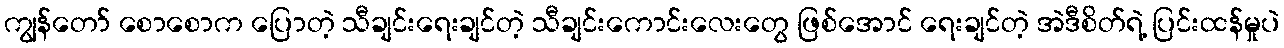
ကျွန်တော် စောစောက ပြောတဲ့ သီချင်းရေးချင်တဲ့ သီချင်းကောင်းလေးတွေ ဖြစ်အောင် ရေးချင်တဲ့ အဲဒီစိတ်ရဲ့ ပြင်းထန်မှုပဲ